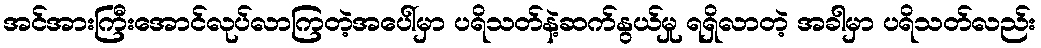
အင်အားကြီးအောင်လုပ်လာကြတဲ့အပေါ်မှာ ပရိသတ်နဲ့ဆက်နွယ်မှု ရရှိလာတဲ့ အခါမှာ ပရိသတ်လည်း